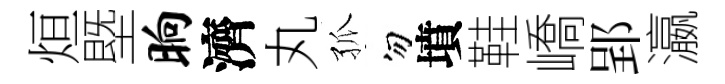
烜塈晌濟丸孤勿墳鞋嶠郢瀛